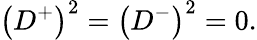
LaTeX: \left(D^{+}\right)^{2}=\left(D^{-}\right)^{2}=0.